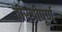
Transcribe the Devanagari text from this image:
वीरश्रीपूर्ण